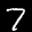
Label: 7